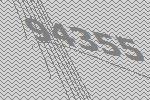
94355